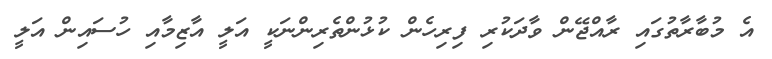
އެ މުބާރާތުގައި ރާއްޖޭން ވާދަކުރި ފިރިހެން ކުޅުންތެރިންނަކީ އަލީ އާޒިމާއި ހުސައިން އަލީ